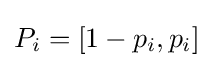
P_{i}=[1-p_{i},p_{i}]